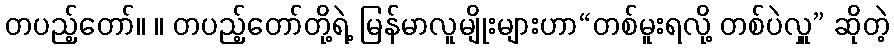
တပည့်တော်။ ။ တပည့်တော်တို့ရဲ့ မြန်မာလူမျိုးများဟာ“တစ်မူးရလို့ တစ်ပဲလှူ” ဆိုတဲ့